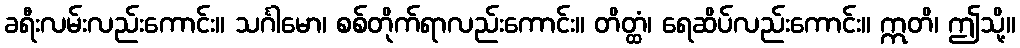
ခရီးလမ်းလည်းကောင်း။ သင်္ဂါမော၊ စစ်တိုက်ရာလည်းကောင်း။ တိတ္ထံ၊ ရေဆိပ်လည်းကောင်း။ ဣတိ၊ ဤသို့။